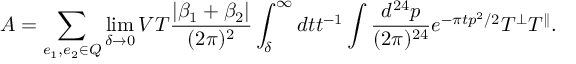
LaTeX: A = \sum _ { e _ { 1 } , e _ { 2 } \in Q } \operatorname * { l i m } _ { \delta \rightarrow 0 } V T { \frac { | \beta _ { 1 } + \beta _ { 2 } | } { ( 2 \pi ) ^ { 2 } } } \int _ { \delta } ^ { \infty } d t t ^ { - 1 } \int { \frac { d ^ { 2 4 } p } { ( 2 \pi ) ^ { 2 4 } } } e ^ { - \pi t p ^ { 2 } / 2 } T ^ { \perp } T ^ { \parallel } .